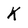
Character: K